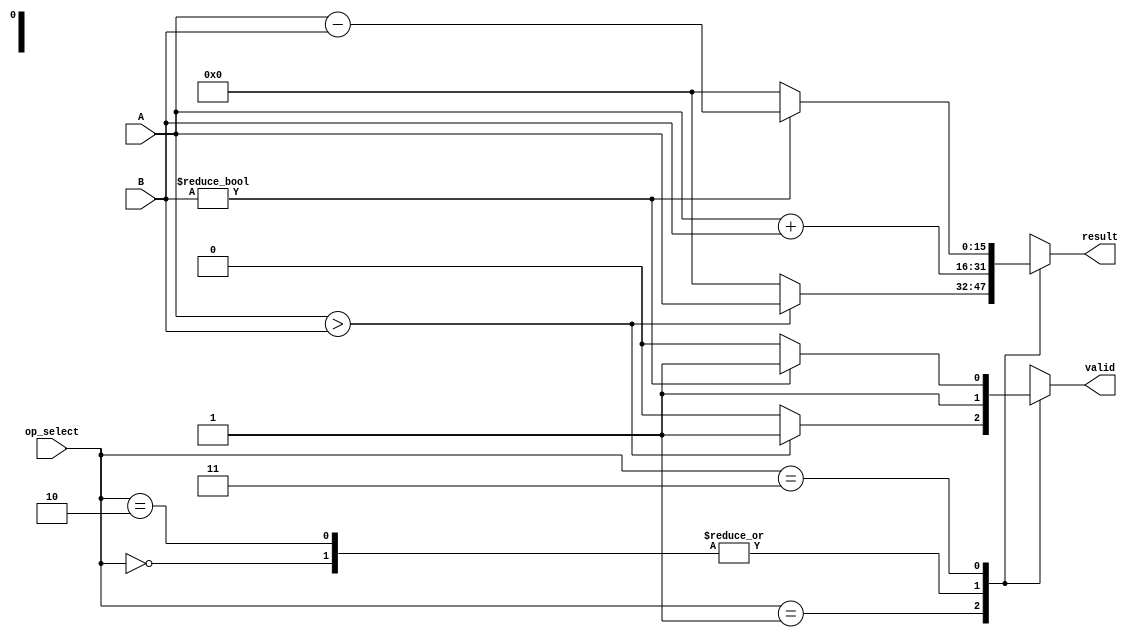
module LogarithmArithmeticBlock (
    input wire [15:0] A,        // Operand A in logarithmic form
    input wire [15:0] B,        // Operand B in logarithmic form
    input wire [1:0] op_select, // Operation selector: 00 - add, 01 - subtract, 10 - multiply, 11 - divide
    output reg [15:0] result,   // Result in logarithmic form
    output reg valid             // Result valid signal
);

    parameter LOG_BASE = 2; // Change as needed for different logarithmic bases

    always @(*) begin
        valid = 1'b1; // Assume valid by default
        case (op_select)
            2'b00: begin // Addition
                // A + B = log_b(b^A + b^B)
                // Note: This is a simple implementation; handling of underflows/overflows should be added
                // Convert back to linear, add, and convert back to logarithmic
                result = A + B; // Simplified, would require proper conversion
            end
            
            2'b01: begin // Subtraction
                // A - B = log_b(b^A - b^B)
                // Note: Handle underflow cases where b^B > b^A
                if (A > B) begin
                    result = A; // Simplified, would require proper conversion
                end else begin
                    valid = 1'b0; // Invalid operation
                    result = 16'b0; // Indicate no result
                end
            end
            
            2'b10: begin // Multiplication
                // A * B = log_b(b^A * b^B) = A + B
                result = A + B;
            end
            
            2'b11: begin // Division
                // A / B = log_b(b^A / b^B) = A - B
                // Similar to subtraction, handle cases where B is zero
                if (B != 16'b0) begin
                    result = A - B; // Simplified, would require proper conversion
                end else begin
                    valid = 1'b0; // Invalid operation
                    result = 16'b0; // Indicate no result
                end
            end
            
            default: begin
                valid = 1'b0; // Invalid operation
                result = 16'b0; // Indicate no result
            end
        endcase
    end

endmodule